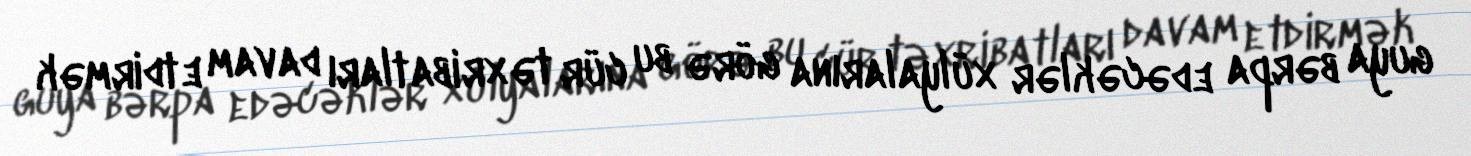
guya bərpa edəcəklər xülyalarına görə bu cür təxribatları davam etdirmək